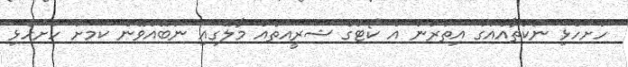
ހުށަހެޅި ނުކުތާއެއްގެ އިތުރުން އެ ކޯޓުގެ ޝަރީއަތެއް މާލޭގައި ނުބޭއްވޭނެ ކަމަށް ހުށަހެޅި